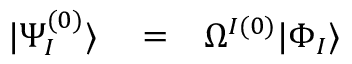
\begin{array} { r l r } { | \Psi _ { I } ^ { ( 0 ) } \rangle } & { { } = } & { \Omega ^ { I ( 0 ) } | \Phi _ { I } \rangle } \end{array}